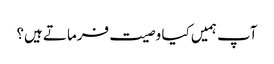
آپ ہمیں کیا وصیت فرماتے ہیں؟